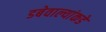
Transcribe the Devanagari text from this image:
डबेवाल्यांकडे